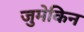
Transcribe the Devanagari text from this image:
जुमेकिन